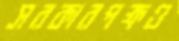
সরকারপক্ষও